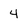
Character: 4